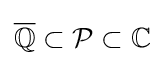
\mathbb {\overline {Q}} \subset {\mathcal {P}}\subset \mathbb {C}